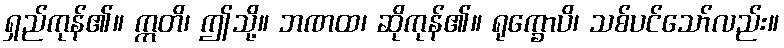
ရှည်ကုန်၏။ ဣတိ၊ ဤသို့။ ဘဏထ၊ ဆိုကုန်၏။ ရုက္ခောပိ၊ သစ်ပင်သော်လည်း။